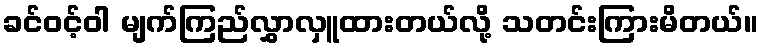
ခင်ဝင့်ဝါ မျက်ကြည်လွှာလှူထားတယ်လို့ သတင်းကြားမိတယ်။